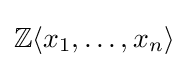
\mathbb {Z} \langle x_{1},\ldots ,x_{n}\rangle